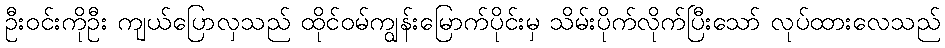
ဦးဝင်းကိုဦး ကျယ်ပြောလှသည် ထိုင်ဝမ်ကျွန်းမြောက်ပိုင်းမှ သိမ်းပိုက်လိုက်ပြီးသော် လုပ်ထားလေသည်